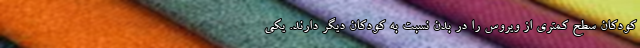
کودکان سطح کمتری از ویروس را در بدن نسبت به کودکان دیگر دارند. یکی